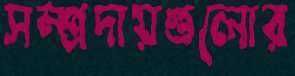
সম্প্রদায়গুলোর